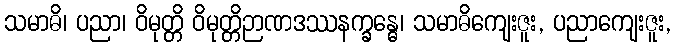
သမာဓိ၊ ပညာ၊ ဝိမုတ္တိ ဝိမုတ္တိဉာဏဒဿနက္ခန္ဓေ၊ သမာဓိကျေးဇူး, ပညာကျေးဇူး,